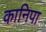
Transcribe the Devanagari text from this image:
कानिपा